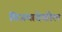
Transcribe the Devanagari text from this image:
विजयादेखील